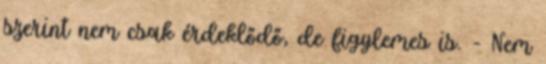
szerint nem csak érdeklődő, de figylemes is. - Nem